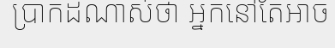
ប្រាកដណាស់ថា អ្នកនៅតែអាច